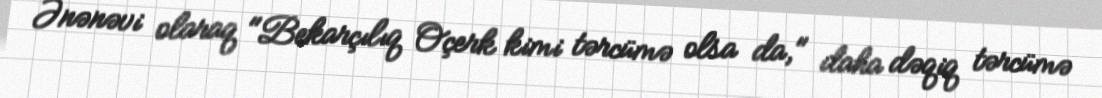
Ənənəvi olaraq "Bekarçılıq Oçerk kimi tərcümə olsa da," daha dəqiq tərcümə